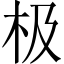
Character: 极